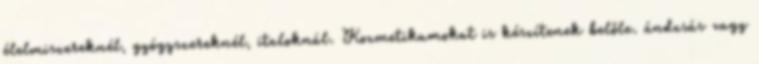
élelmiszereknél, gyógyszereknél, italoknál. Kozmetikumokat is készítenek belőle. ándzsás vagy